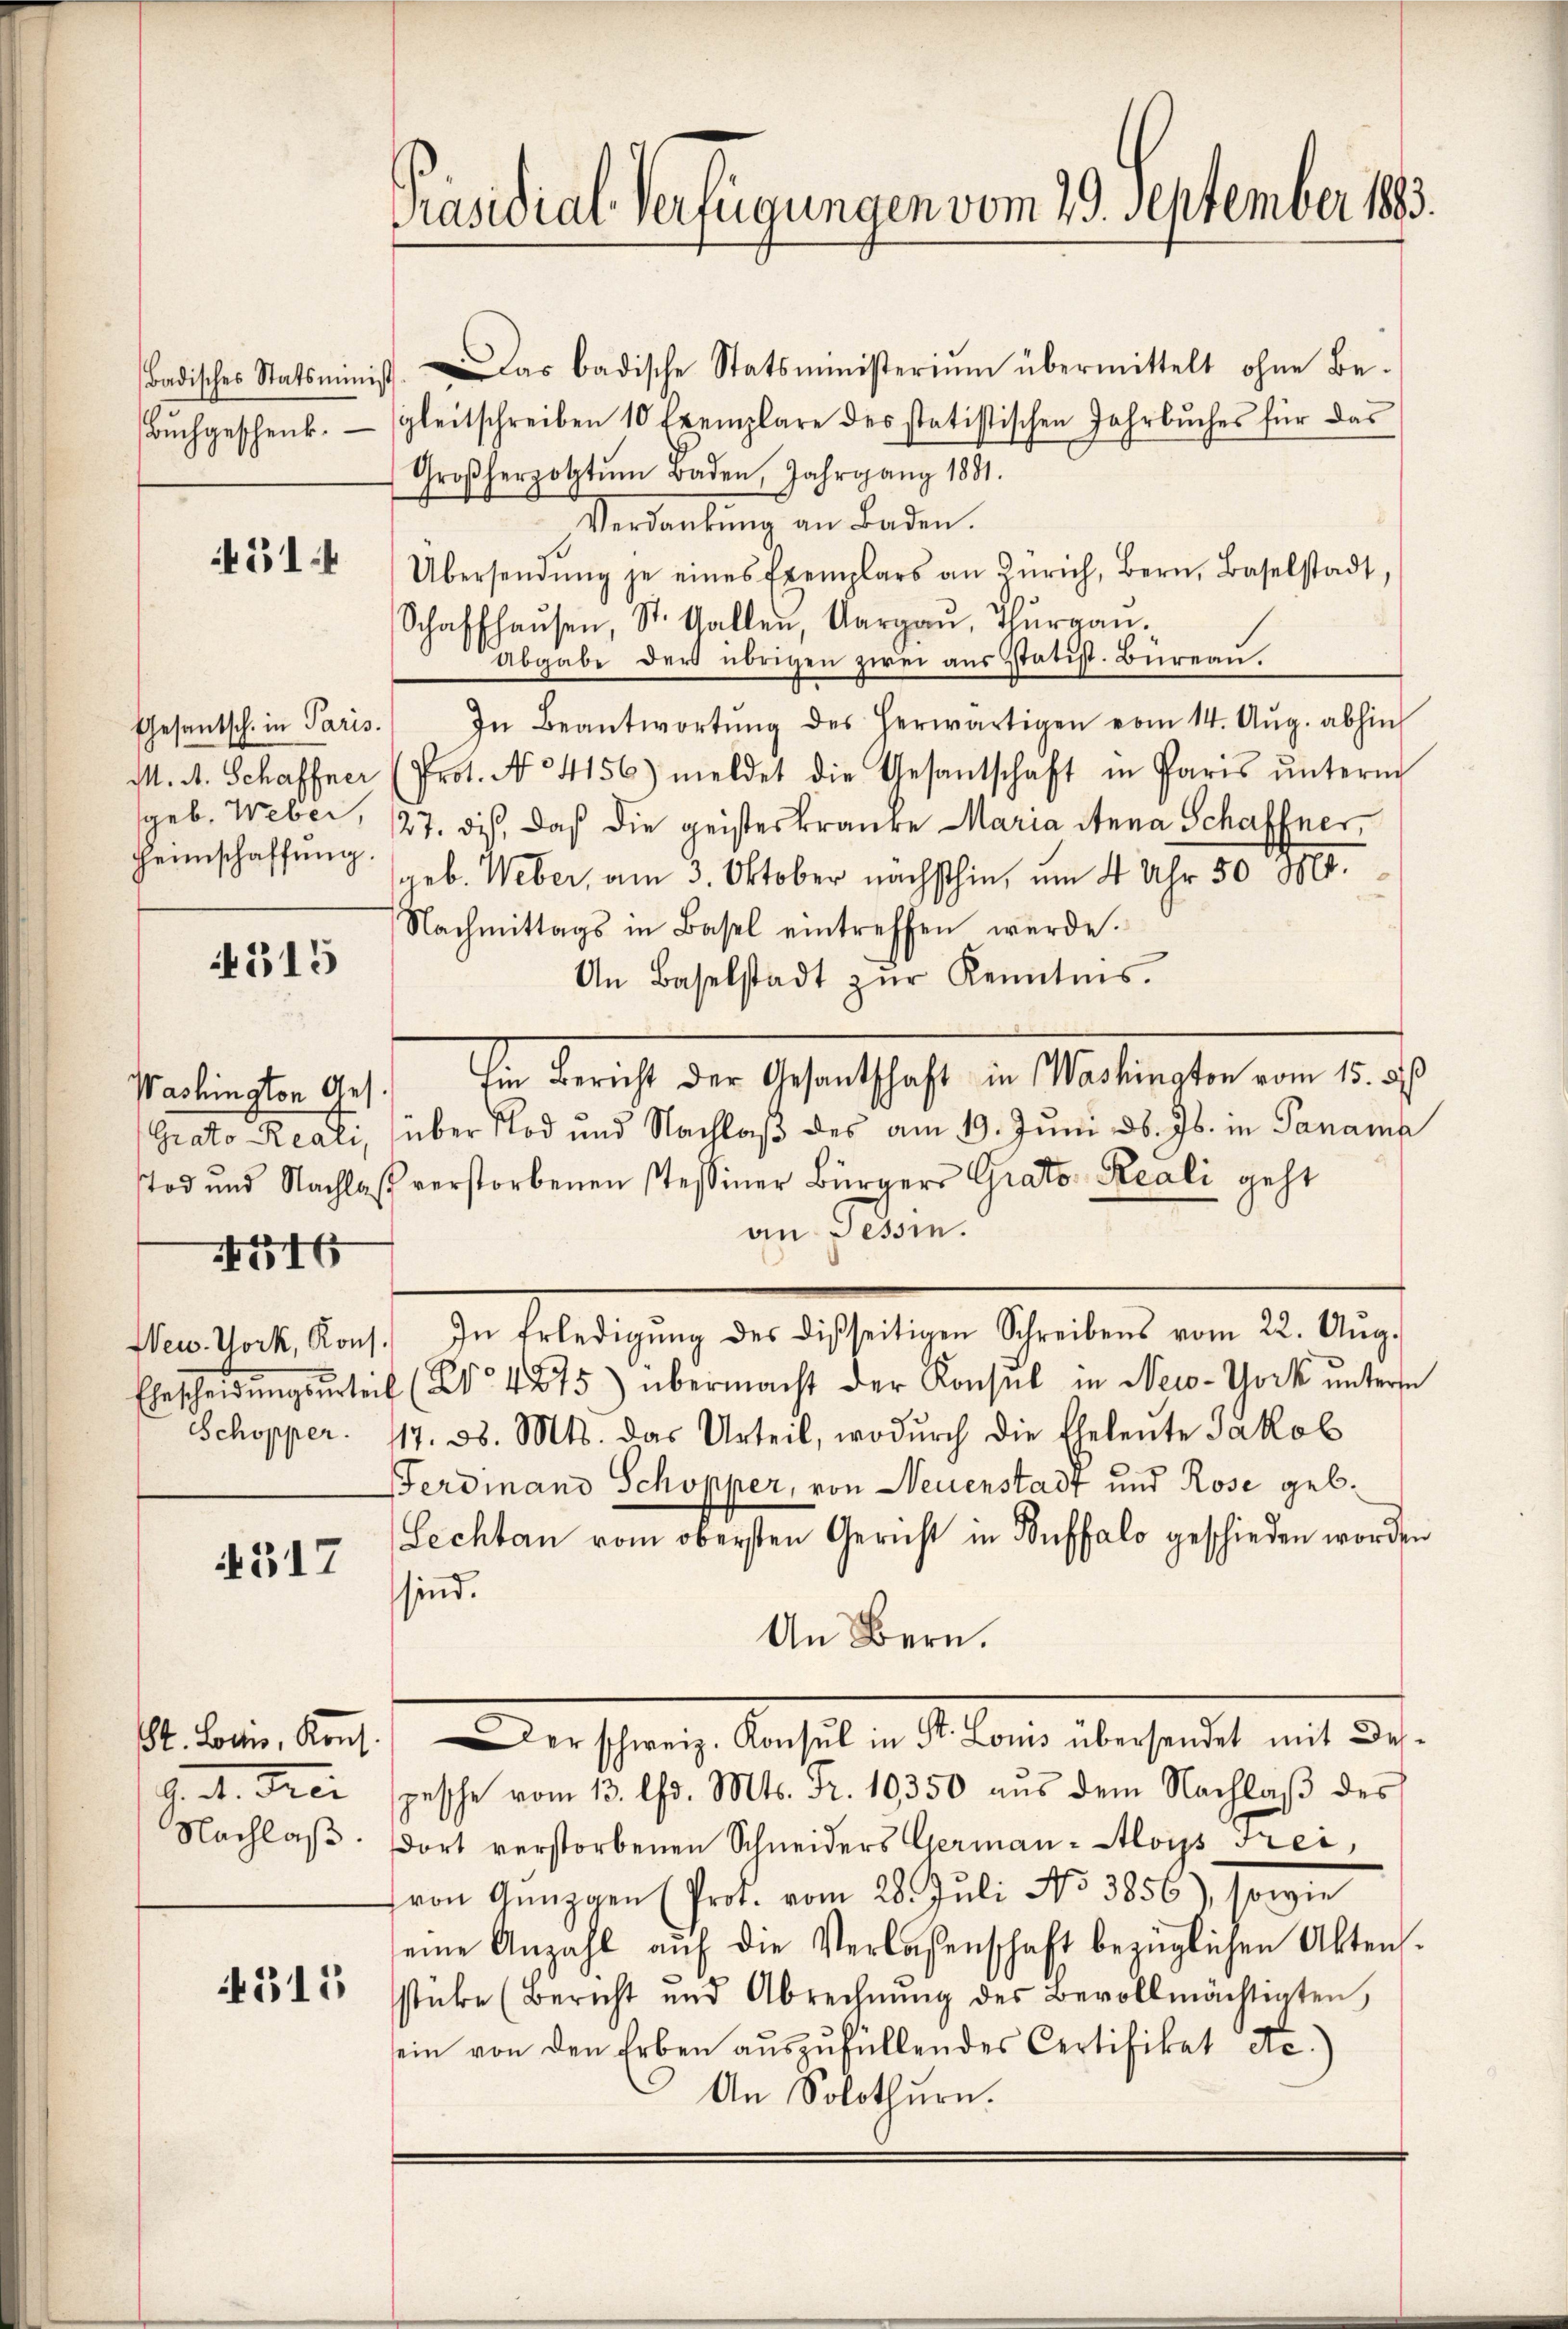
Badisches Statsminist
Buchgeschenk.

451.

Heimschaffung.

4315

116

Schopper.

317

G. et. Deci

4315

Das badische Statsministerium übermittelt ohne Be-
gleitschreiben 10 Exemplare des statistischen Jahrbuches für das
Großherzottŭm Baden, Jahrgang 1881.
Verdankung an Baden.
Übersendŭng je eines Exemplars an Zürich, Bern, Baselstadt,
Schaffhaŭsen, St. Gallen, Aargaŭ, Thŭrgaŭ.
Abgabe der übrigen zwei aus Statist. Büreau,
7
Gesantsch. in Paris. In Beantwortŭng des herwärtigen vom 14. Aŭg. abhin
M. A. Schaffner (Prot. No 4156) meldet die Gesantschaft in Paris ŭnterm
geb. Weber, 27. ds., daß die geisteskranke Maria Anna Schaffner
geb. Weber, am 3. Oktober nächsthin, um 4 Uhr 50 M.
Nachmittags in Basel eintreffen werde.
An Baselstadt zŭr Kenntnis.
erlin der auf ihre Bericht der Gestalschaft in Mattachte in d. h.
Grato Reati, über Tod und Nachlaß des am 19. Juni d. Js. in Panama
tod und Nachlaβ verstorbenen Tessiner Bürgers Grato Reali geht
an Tessin.
New York, Kons. In Erledigŭng des disseitigen Schreibens vom 22. Aŭg.
Ehescheidŭngsurteil (No. 4875) übermacht der Konsul in New-York untern
117. 38. Mts. das Urteil, wodurch die Eheleute Jakob
Ferdinand Schopper, von Neuenstadt und Rose geb.
Lechtan vom obersten Gericht in Buffalo geschieden worden
sind.
An Bern.
St. Lois, Kons. Der schweiz. Konsul in St. Louis übersendet mit des-
pesche vom 13. Chr. Mts. Fr. 10350 aus dem Nachlaß des
Nachlaβ. dort verstorbenen Schneiders German-Aloys Frei,
von Günzgen (Prot. vom 28. Juli No 3856), sowie
seine Anzahl aŭf die Verlassenschaft bezüglichen Akten.
stüke (Bericht und Abrechnŭng des Bevollmächtigten,
sein von den Erben auszufüllendes Certifikat etc.)
An Solothurn.

Präsidial-Verfügungen vom 29. September 1883.